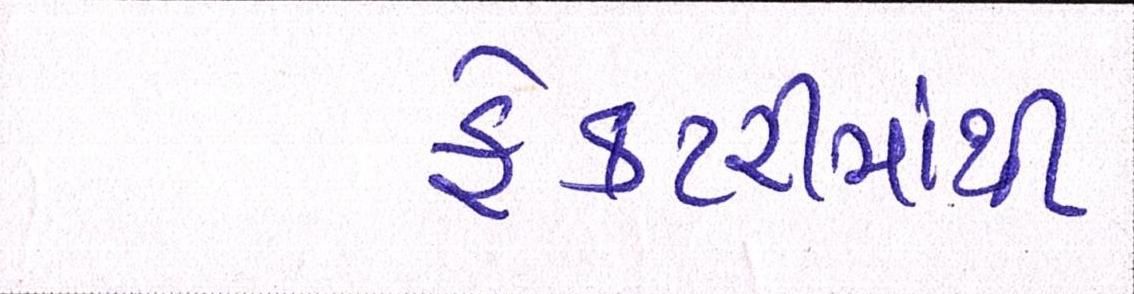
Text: ફેકટરીમાંથી